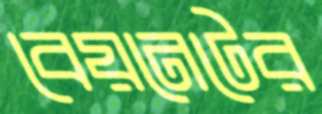
বেয়নেটের